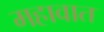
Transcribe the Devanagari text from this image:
महावात